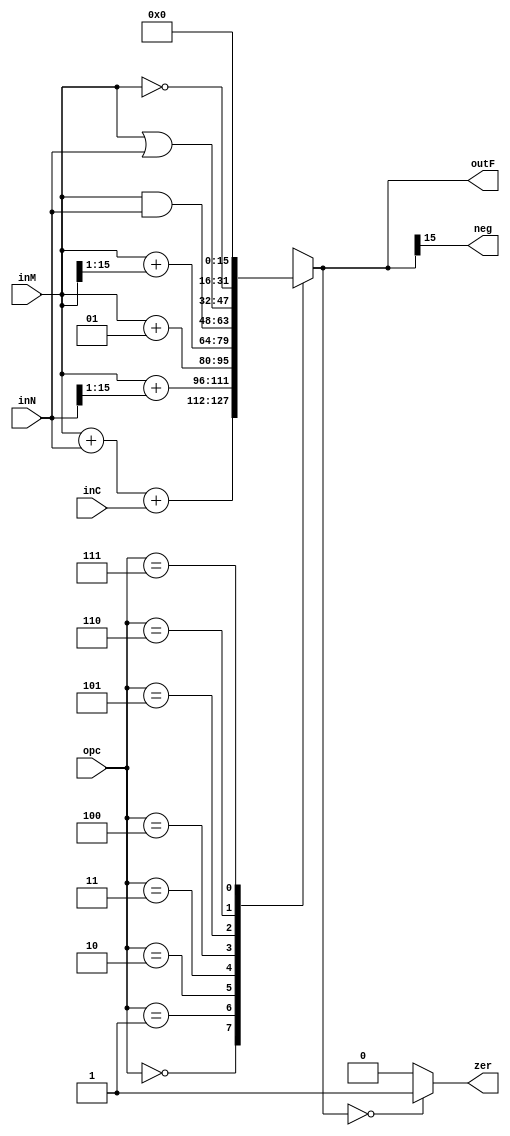
module myALU_1(input signed [15:0] inN, input signed [15:0] inM, input inC, input [2:0] opc,
		output reg [15:0] outF, output zer, output neg);
	assign zer = (outF == 16'b0000000000000000) ? 1'b1 : 1'b0;
	assign neg = outF[15];
	always @(inN,inM,inC,opc) begin
		outF = 16'b0000000000000000;
		case(opc)
			3'b000: outF = inM + inN + inC;
			3'b001: outF = inM + (inN >>> 1);
			3'b010: outF = inM + 1;
			3'b011: outF = inM + (inM >>> 1);
			3'b100:	outF = inM & inN;
			3'b101:	outF = inM | inN;
			3'b110: outF = ~inM;
			3'b111: outF = 16'b0000000000000000;
			default: outF = 16'b0000000000000000;
		endcase
	end
endmodule

`timescale 1ns/1ns

module myALU_TB();
	reg signed [15:0] inN;
	reg signed [15:0] inM;
	reg inC;
	reg [2:0] opc;
	wire [15:0] outF;
	wire zer;
	wire neg;
	myALU_1 ALU(inN, inM, inC, opc, outF, zer, neg);
	initial begin
		repeat (20) #50 begin
			#5 inM = $random;
			#5 inN = $random;
			#5 inC = $random;
			#5 opc = $random;
		end
	end
endmodule